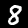
Label: 8